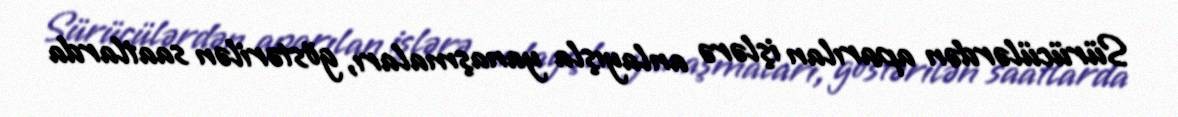
Sürücülərdən aparılan işlərə anlayışla yanaşmaları, göstərilən saatlarda